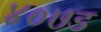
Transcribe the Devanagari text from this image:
४०७ड